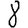
Digit: 8